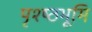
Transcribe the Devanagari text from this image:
पृश्ष्‍ठभूमि